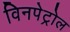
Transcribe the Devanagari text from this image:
विनपेट्रोल